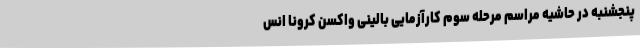
پنجشنبه در حاشیه مراسم مرحله سوم کارآزمایی بالینی واکسن کرونا انس